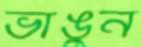
ভাঙুন